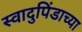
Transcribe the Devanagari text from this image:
स्वादुपिंडाच्या